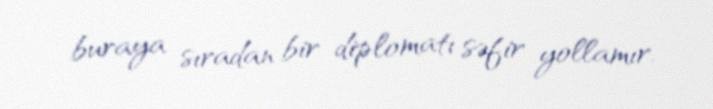
buraya sıradan bir diplomatı səfir yollamır.